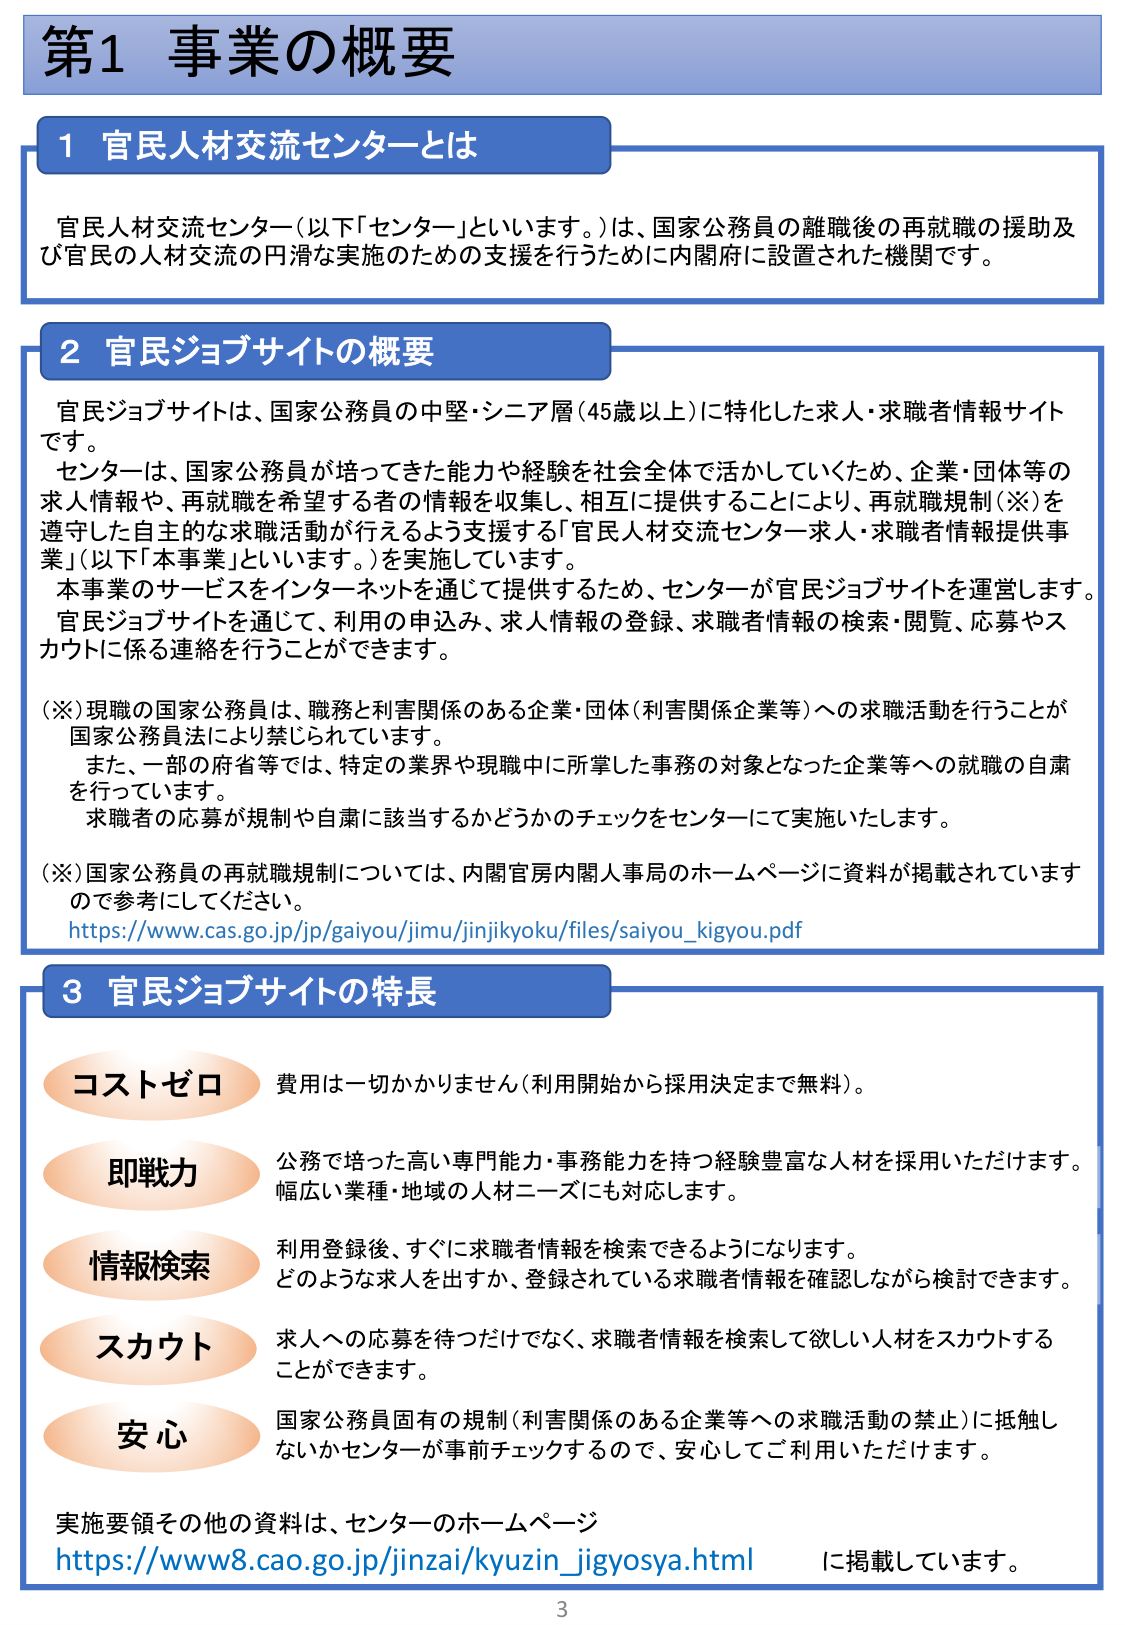
第1 事業の概要

1 官民人材交流センターとは

官民人材交流センター（以下「センター」といいます。）は、国家公務員の離職後の再就職の援助及び官民の人材交流の円滑な実施のための支援を行うために内閣府に設置された機関です。

2 官民ジョブサイトの概要

官民ジョブサイトは、国家公務員の中堅・シニア層（45歳以上）に特化した求人・求職者情報サイトです。
センターは、国家公務員が培ってきた能力や経験を社会全体で活かしていくため、企業・団体等の求人情報や、再就職を希望する者の情報を収集し、相互に提供することにより、再就職規制（※）を遵守した自主的な求職活動が行えるよう支援する「官民人材交流センター求人・求職者情報提供事業」（以下「本事業」といいます。）を実施しています。
本事業のサービスをインターネットを通じて提供するため、センターが官民ジョブサイトを運営します。
官民ジョブサイトを通じて、利用の申込み、求人情報の登録、求職者情報の検索・閲覧、応募やスカウトに係る連絡を行うことができます。

（※）現職の国家公務員は、職務と利害関係のある企業・団体（利害関係企業等）への求職活動を行うことが国家公務員法により禁じられています。
また、一部の府省等では、特定の業界や現職中に所掌した事務の対象となった企業等への就職の自粛を行っています。
求職者の応募が規制や自粛に該当するかどうかのチェックをセンターにて実施いたします。

（※）国家公務員の再就職規制については、内閣官房内閣人事局のホームページに資料が掲載されていますので参考にしてください。
https://www.cas.go.jp/jp/gaiyou/jimu/jinjikyoku/files/saiyou_kigyou.pdf

3 官民ジョブサイトの特長

コストゼロ 費用は一切かかりません（利用開始から採用決定まで無料）。

即戦力 公務で培った高い専門能力・事務能力を持つ経験豊富な人材を採用いただけます。幅広い業種・地域の人材ニーズにも対応します。

情報検索 利用登録後、すぐに求職者情報を検索できるようになります。どのような求人を出すか、登録されている求職者情報を確認しながら検討できます。

スカウト 求人への応募を待つだけでなく、求職者情報を検索して欲しい人材をスカウトすることができます。

安心 国家公務員固有の規制（利害関係のある企業等への求職活動の禁止）に抵触しないかセンターが事前チェックするので、安心してご利用いただけます。

実施要領その他の資料は、センターのホームページ
https://www8.cao.go.jp/jinzai/kyuzin_jigyosya.html に掲載しています。

3